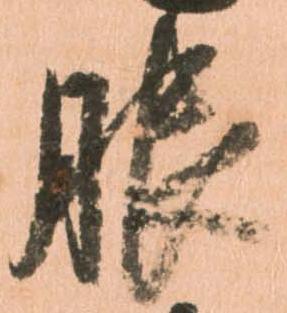
服